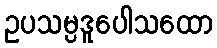
ဥပသမ္ပဒူပေါသထော